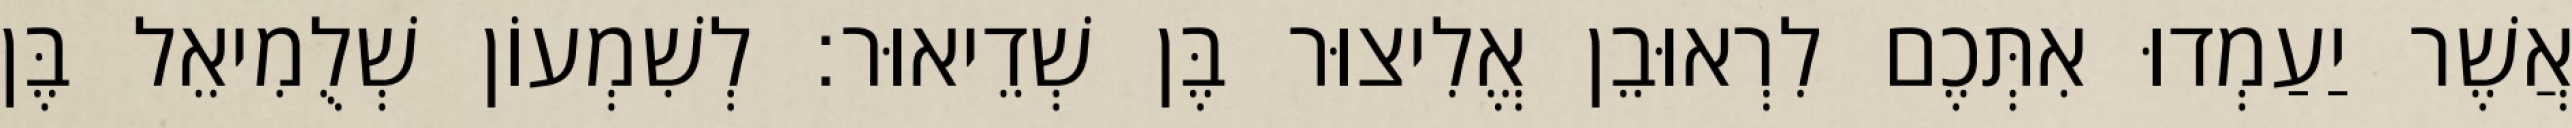
אֲשֶׁר יַעַמְדוּ אִתְּכֶם לִרְאוּבֵן אֱלִיצוּר בֶּן שְׁדֵיאוּר׃ לְשִׁמְעוֹן שְׁלֻמִיאֵל בֶּן